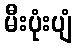
မီးပုံးပျံ